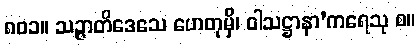
၈၀၁။ သဉ္ဇာတိဒေသေ ဟေတုမှိ၊ ဝါသဋ္ဌာနာ’ကရေသု စ။